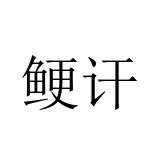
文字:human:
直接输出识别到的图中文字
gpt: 鲠讦